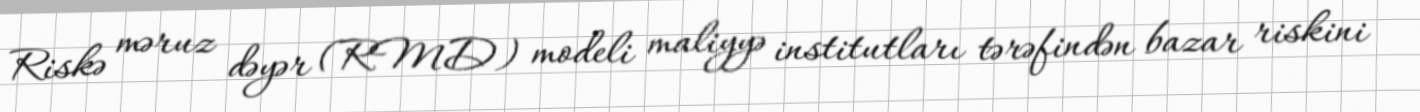
Riskə məruz dəyər (RMD) modeli maliyyə institutları tərəfindən bazar riskini